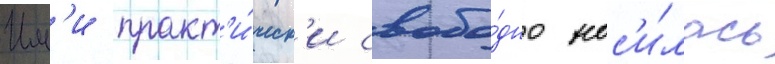
Им'и практ'и́ческ'и свобо́дно нос'и́лась